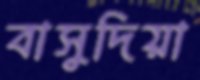
বাসুদিয়া